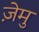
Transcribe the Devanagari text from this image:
ज़ेमु